画像に写った文字を読んでください
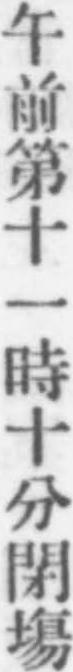
「午前第十一時十分閉塲」と書いてあります